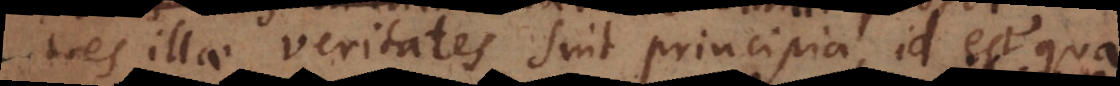
tres illae veritates sint principia, id est qua